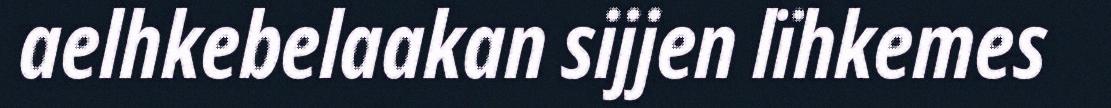
aelhkebelaakan sijjen lïhkemes